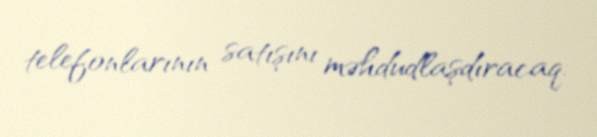
telefonlarının satışını məhdudlaşdıracaq.